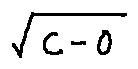
\sqrt { c - 0 }